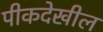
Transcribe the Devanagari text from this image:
पीकदेखील